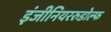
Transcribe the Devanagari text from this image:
इंजीनियररुडोल्फ